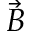
\vec { B }